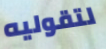
لتقوليه